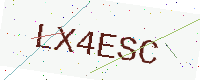
Text: LX4ESC